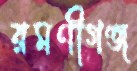
রমণীগঞ্জ